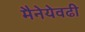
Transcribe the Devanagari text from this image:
मैनेयेवढी